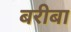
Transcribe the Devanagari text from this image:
बरीबा